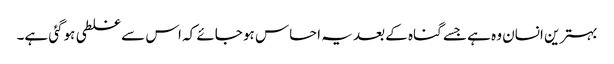
بہترین انسان وہ ہے جسے گناہ کے بعد یہ احساس ہو جائے کہ اس سے غلطی ہوگئی ہے۔